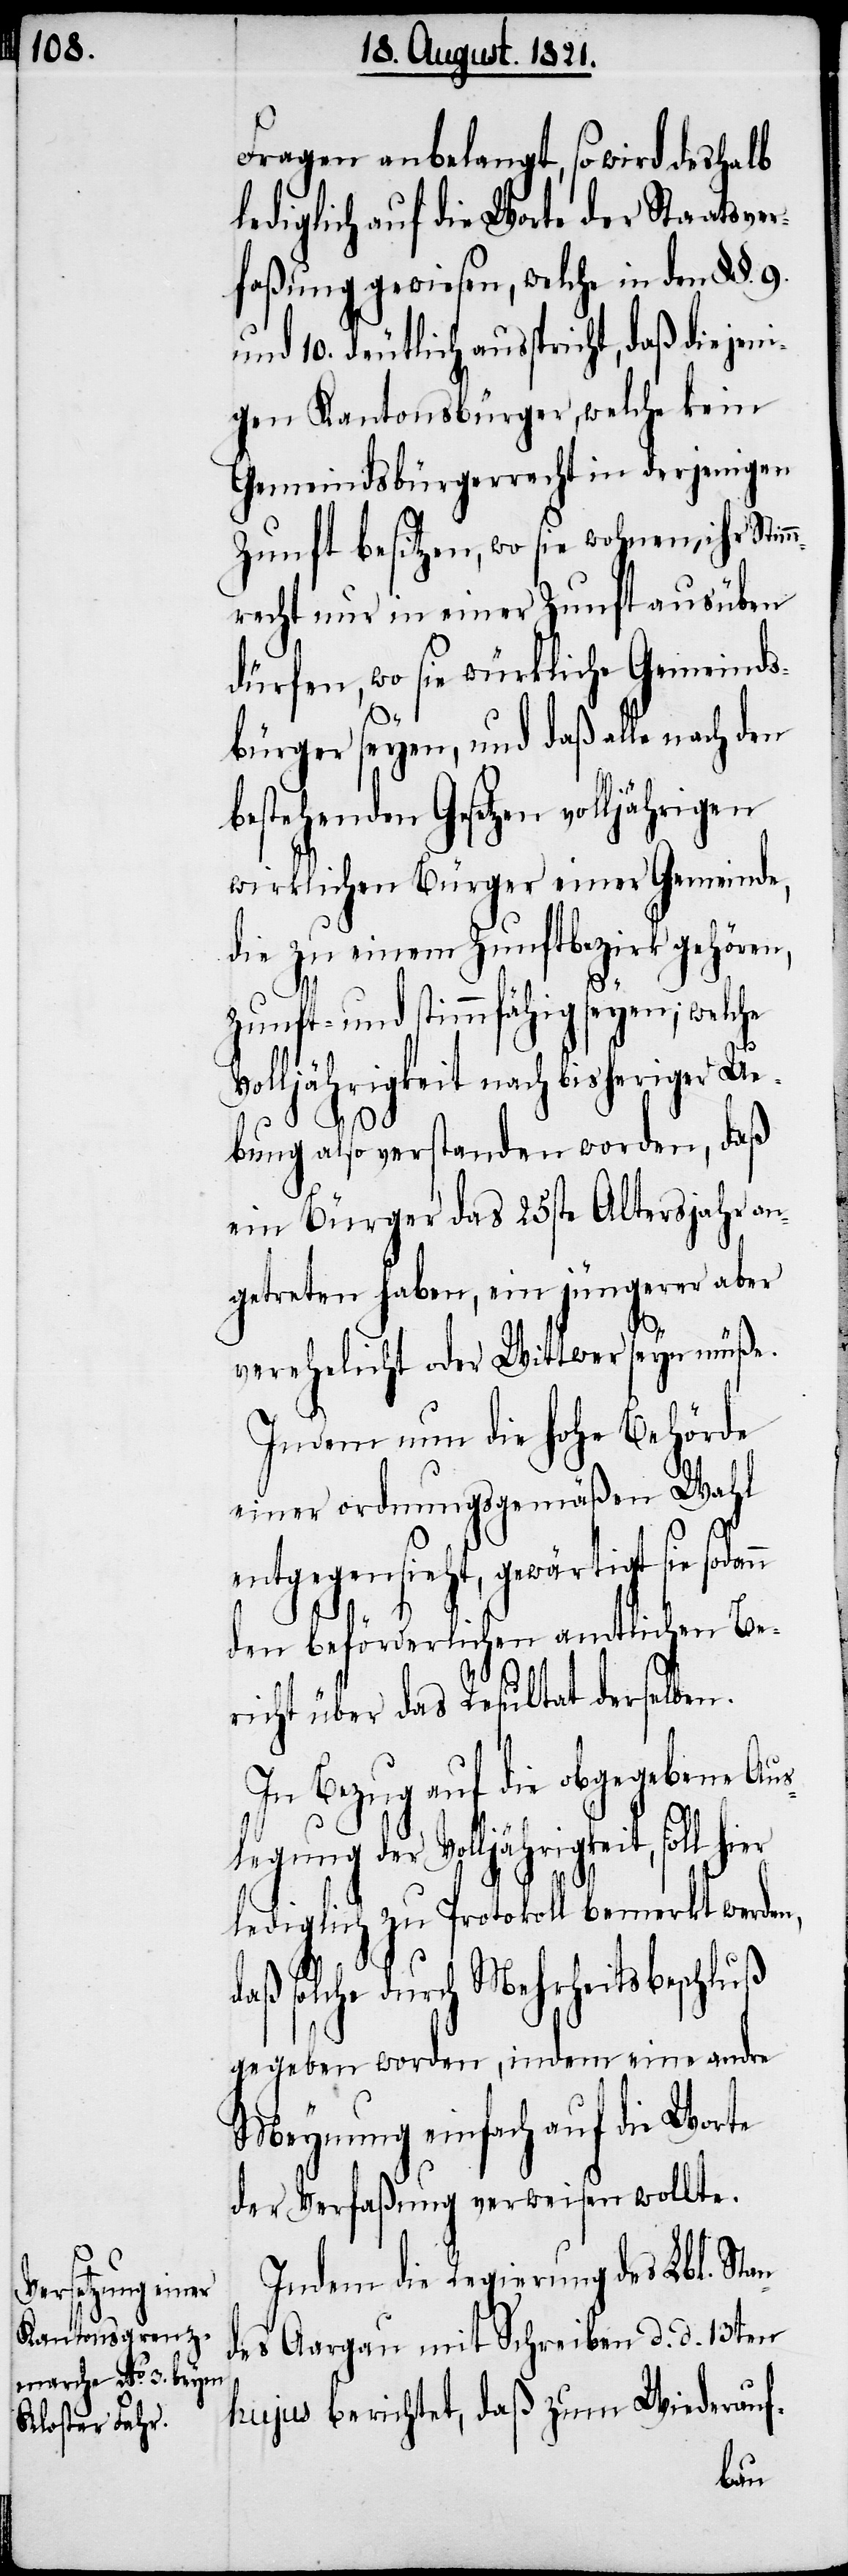
Fragen anbelangt, so wird deshalb
lediglich auf die Worte der Staatsver¬
faßung gewiesen, welche in den §§. 9.
gen Kantonsbürger, welche kein
Gemeindsbürgerrecht besitzen,
mrecht nur in einer Zunft ausüben
dürfen, wo sie würkliche Gemeinds¬
n¬
bürger seyen, und daß alle nach den
bestehenden Gesetzen volljährigen
wirklichen Bürger einer Gemeinde,
die zu einem Zunftbezirk gehören,
Volljährigkeit nach bisheriger Ue¬
bung also verstanden worden, daß
ein Bürger das 25ste Altersjahr an¬
getreten haben, ein jüngerer aber
verehelicht oder Wittwer seyn müße.
Indem nun die hohe Behörde
einer ordnungsgemäßen Wahl
entgegensieht, gewärtigt sie sodan¬
den beförderlichen amtlichen Be¬
richt über das Resultat derselben.
In Bezug auf die obgegebene Aus¬
legung der Volljährigkeit,
lediglich zu Protokoll bemerkt werden,
daß solche durch Mehrheitsbeschluß
gegeben worden, indem eine andre
Meynung einfach auf die Worte
der Verfaßung verweisen wollte.
Indem die Regierung des Lbl. Sta¬
des Aargau mit Schreiben d. d. 13ten
hujus berichtet, daß zum Wiederauf-
Stim¬